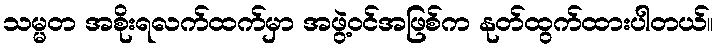
သမ္မတ အစိုးရလက်ထက်မှာ အဖွဲ့ဝင်အဖြစ်က နုတ်ထွက်ထားပါတယ်။